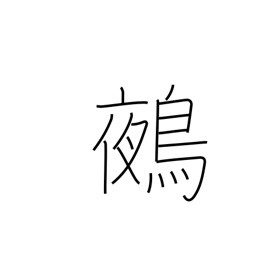
Meaning: chimera